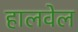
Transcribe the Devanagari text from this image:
हालवेल